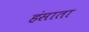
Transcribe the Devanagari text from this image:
हंसाता